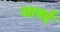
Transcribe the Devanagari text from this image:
जावई